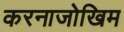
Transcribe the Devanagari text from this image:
करनाजोखिम